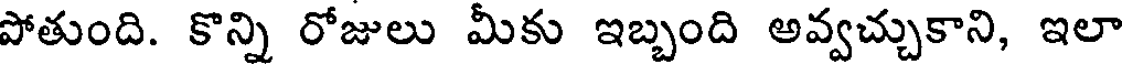
పోతుంది. కొన్ని రోజులు మీకు ఇబ్బంది అవ్వచ్చుకాని, ఇలా